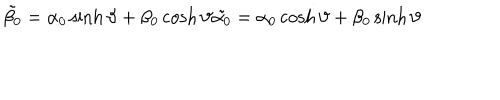
LaTeX: \tilde { \beta _ { 0 } } = \alpha _ { 0 } \sinh { \vartheta } + \beta _ { 0 } \cosh { \vartheta } \tilde { \alpha _ { 0 } } = \alpha _ { 0 } \cosh { \vartheta } + \beta _ { 0 } \sinh { \vartheta }